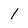
Character: 1